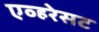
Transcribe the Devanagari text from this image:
एव्हरेसट